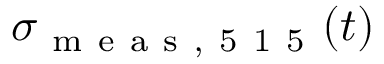
\sigma _ { \mathrm { ~ m ~ e ~ a ~ s ~ , ~ 5 ~ 1 ~ 5 ~ } } ( t )